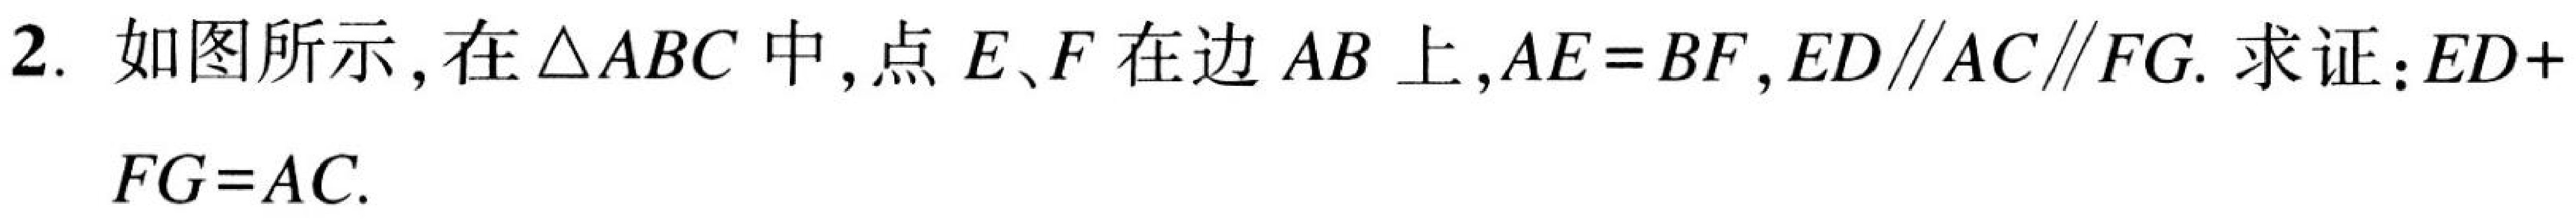
2. 如图所示, 在$\triangle ABC$中, 点$E、F$在边$AB$上,$AE = BF$,$ED\parallel AC\parallel FG$. 求证:$ED + FG = AC$.